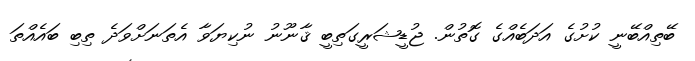
ބޭތިއްބޭނީ ކުށުގެ އަދަބެއްގެ ގޮތުން. ޖުޑީޝަރީގަތިބީ ޤާނޫނު ނުކިޔަވާ އެތަނަށްވަދެ ތިބި ބައެއްތަ